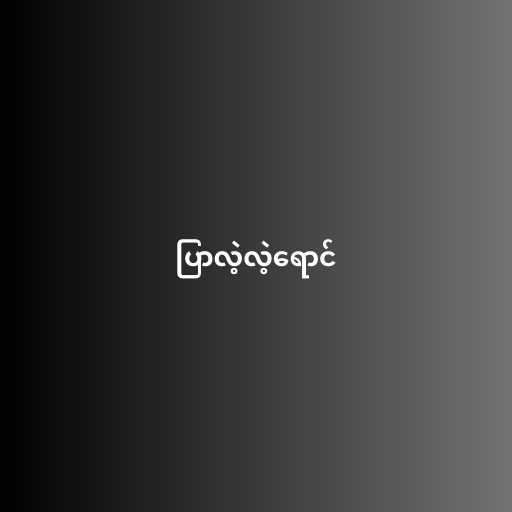
ပြာလဲ့လဲ့ရောင်